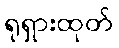
ရုရှားထုတ်